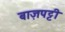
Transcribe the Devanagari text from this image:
बाज़पट्टी